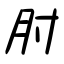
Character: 肘